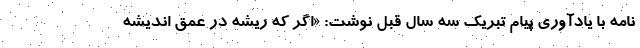
نامه با یادآوری پیام تبریک سه سال قبل نوشت: «اگر که ریشه در عمق اندیشه